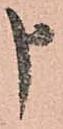
申